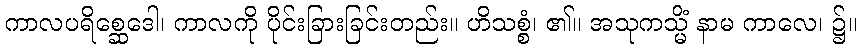
ကာလပရိစ္ဆေဒေါ၊ ကာလကို ပိုင်းခြားခြင်းတည်း။ ဟိသစ္စံ၊ ၏။ အသုကသ္မိံ နာမ ကာလေ၊ ၌။